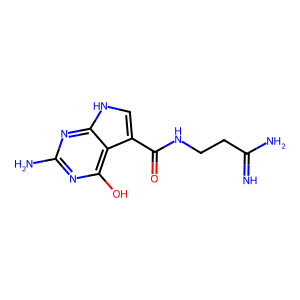
SMILES: N=C(N)CCNC(=O)c1c[nH]c2nc(N)nc(O)c12
Inhibits HIV replication: No